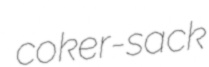
coker-sack